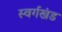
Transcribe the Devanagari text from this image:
स्वर्गखंड